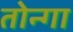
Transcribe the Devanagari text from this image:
तोन्गा